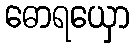
ဓောရယှော